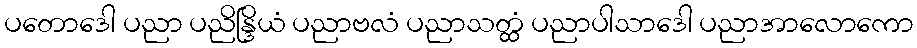
ပတောဒေါ ပညာ ပညိန္ဒြိယံ ပညာဗလံ ပညာသတ္ထံ ပညာပါသာဒေါ ပညာအာလောကော